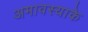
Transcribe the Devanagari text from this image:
अमावस्याके